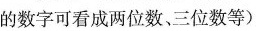
的数字可看成两位数、三位数等)